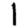
Digit: 1